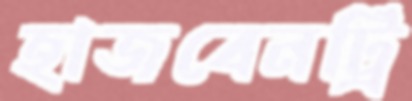
হাজবেনট্রি